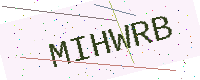
Text: MIHWRB